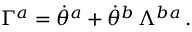
\Gamma ^ { a } = \dot { \theta } ^ { a } + \dot { \theta } ^ { b } \, \Lambda ^ { b a } \, .